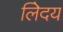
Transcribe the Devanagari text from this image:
लेिदय